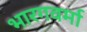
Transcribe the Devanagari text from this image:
भारगवर्मा